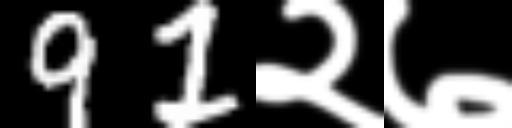
Text: 91२७